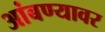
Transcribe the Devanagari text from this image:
आंबण्यावर